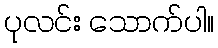
ပုလင်း သောက်ပါ။